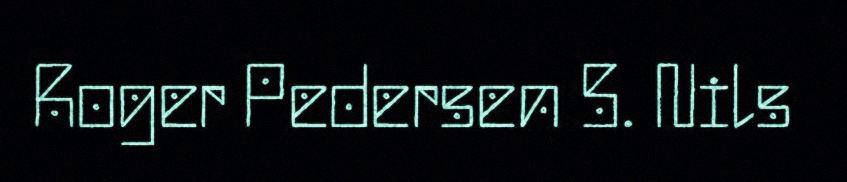
Roger Pedersen 5. Nils